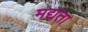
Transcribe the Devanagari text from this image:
मद्यता